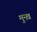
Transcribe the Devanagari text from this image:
मुन्ख़